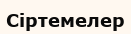
Сіртемелер